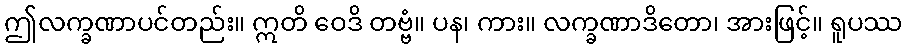
ဤလက္ခဏာပင်တည်း။ ဣတိ ဝေဒိ တဗ္ဗံ။ ပန၊ ကား။ လက္ခဏာဒိတော၊ အားဖြင့်။ ရူပဿ